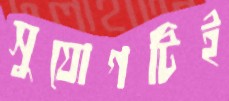
সুযোগটিই